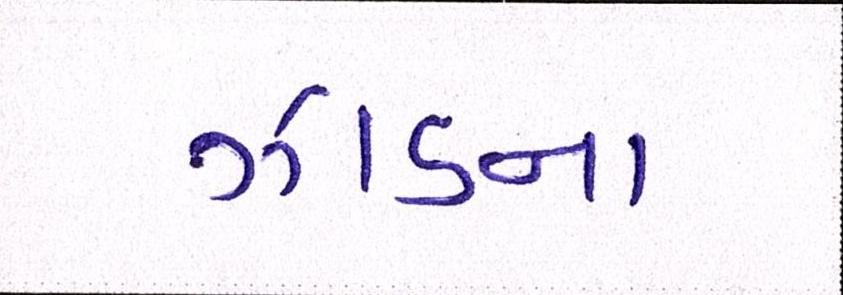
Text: ઝાડના